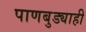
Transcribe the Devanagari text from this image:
पाणबुड्याही